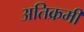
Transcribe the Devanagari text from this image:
अतिक्रमी